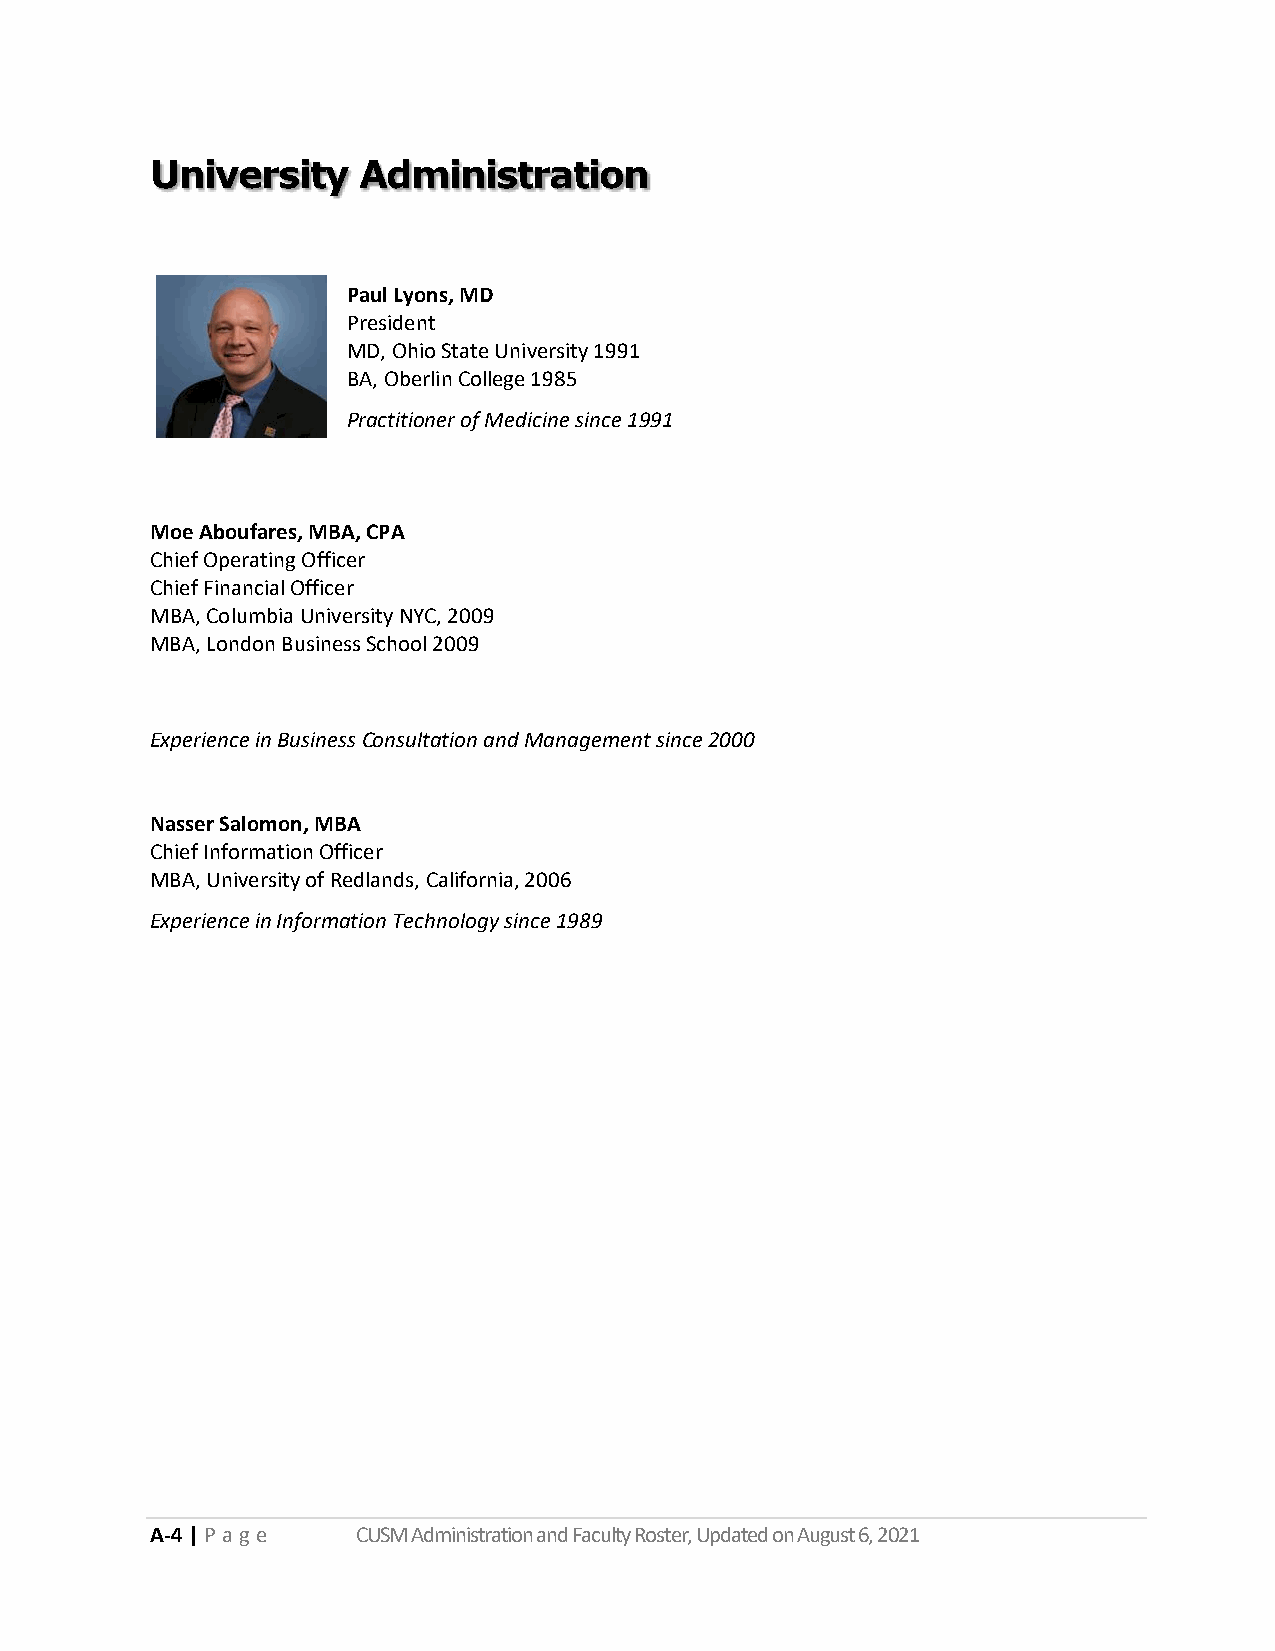
University    Administration
 Paul Lyons, MD
 President
 MD, Ohio State University 1991
 BA, Oberlin College 1985
 Practitioner of Medicine since 1991
 Moe Aboufares, MBA, CPA
 Chief Operating Officer
 Chief Financial Officer
 MBA, Columbia University NYC, 2009
 MBA, London Business School 2009
 Experience in Business Consultation and Management since 2000
 Nasser Salomon, MBA
 Chief Information Officer
 MBA, University of Redlands, California, 2006
 Experience in Information Technology since 1989
 A-4 | P a ge  CUSM Administration and Faculty Roster, Updated on August 6, 2021